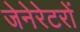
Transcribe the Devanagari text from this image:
जेनेरेटरों